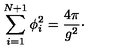
\sum _ { i = 1 } ^ { N + 1 } \phi _ { i } ^ { 2 } = { \frac { 4 \pi } { g ^ { 2 } } } \cdotp